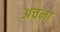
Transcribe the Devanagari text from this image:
अचना